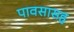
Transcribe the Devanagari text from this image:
पावसासह